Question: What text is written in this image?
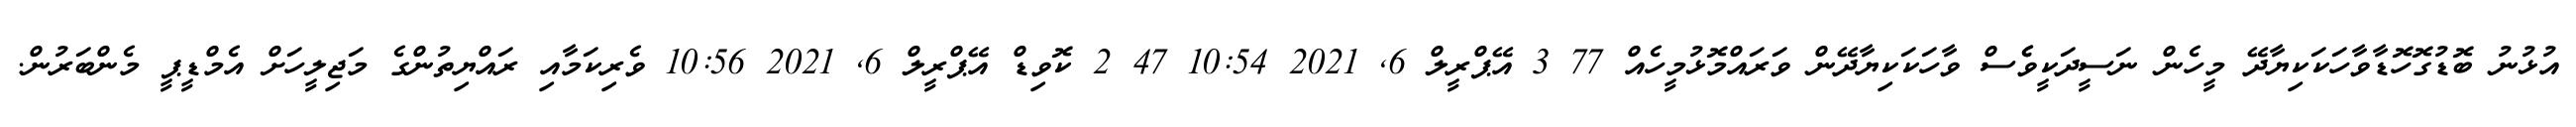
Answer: އުޅުނު ބޮޑުގޮހޮޑާވާހަކަކިޔާދޭ މީހެން ނަސީދަކީވެެސް ވާހަކަކިޔާދޭން ވަރައްމޮޅުމީހެއް 77 3 އޭޕްރީލް 6, 2021 10:54 47 2 ކޮވިޑް އޭޕްރީލް 6, 2021 10:56 ވެރިކަމާއި ރައްޔިތުންގެ މަޖިލީހަށް އެމްޑީޕީ މެންބަރުން.